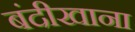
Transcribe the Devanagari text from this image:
बंदीखाना